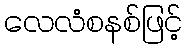
လေလံစနစ်ဖြင့်